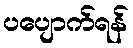
ပပျောက်ရန်